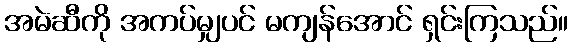
အမဲဆီကို အကပ်မျှပင် မကျန်အောင် ရှင်းကြသည်။